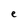
Character: e